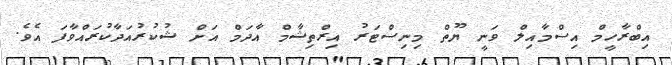
އިބްރާހީމް އިސްމާއިލް ވަނީ ޔޫތް މިނިސްޓަރު އިރްތިޝާމް އާދަމް އަށް ޝުކުުރުއަދާކުރައްވާފަ އެވެ.